Scientific memoirs by medical officers of the Army of India - Part III,
Year: 1887
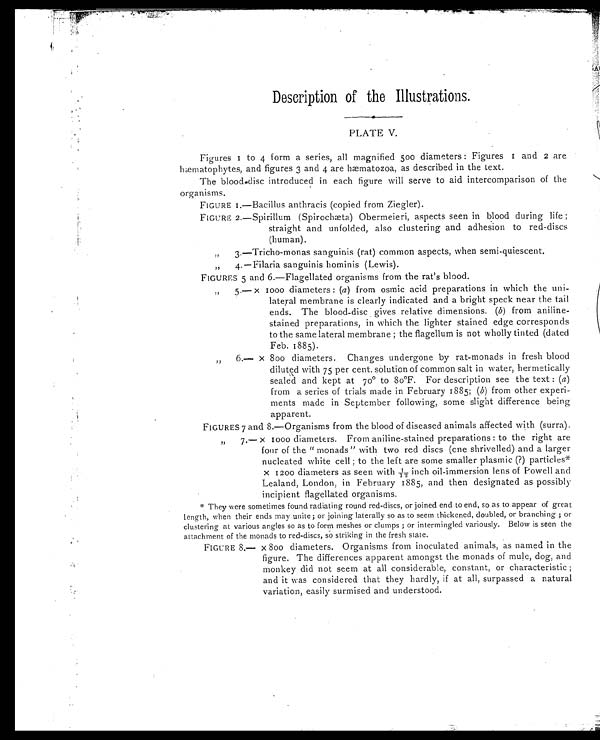
Description of the Illustrations.
PLATE V.
Figures 1 to 4 form a series, all magnified 500 diameters : Figures 1 and 2 are
hæmatophytes, and figures 3 and 4 are hæmatozoa, as described in the text.
The blood-disc introduced in each figure will serve to aid intercomparison of the
organisms.
FIGURE 1.—Bacillus anthracis (copied from Ziegler).
FIGURE 2.—Spirillum (Spirochæta) Obermeieri, aspects seen in blood during life ;
straight and unfolded, also clustering and adhesion to red-discs
(human).
„
3.—Tricho-monas sanguinis (rat) common aspects, when semi-quiescent.
„
4.—Filaria sanguinis hominis (Lewis).
FIGURES 5 and 6.—Flagellated organisms from the rat's blood.
„
5 . — X 1 0 0 0 d i a m e t e r s : ( a ) from osmic acid preparations in which the uni-
lateral membrane is clearly indicated and a bright speck near the tail
ends. The blood-disc gives relative dimensions. ( b ) from aniline-
stained preparations, in which the lighter stained edge corresponds
to the same lateral membrane ; the flagellum is not wholly tinted (dated
Feb. 1885).
„
6 . — X 8 o o d i a m e t e r s . C h a n g e s u n d e r g o n e b y r a t - m o n a d s i n f r e s h b l o o d
diluted with 75 per cent. solution of common salt in water, hermetically
sealed and kept at 70° to 8o°F. For description see the text : ( a )
from a series of trials made in February 1885; ( b ) from other experi-
ments made in September following, some slight difference being
apparent.
F I G U R E S 7 a n d 8 . — O r g a n i s m s f r o m t h e b l o o d o f d i s e a s e d a n i m a l s a f f e c t e d w i t h ( s u r r a ) .
„ 7.— x 1000 diameters. From aniline-stained preparations : to the right are
four of the " monads " with two red discs (one shrivelled) and a larger
nucleated white cell ; to the left are some smaller plasmic (?) particles*
x 1200 diameters as seen with 1/12 inch oil-immersion lens of Powell and
Lealand, London, in February 1885, and then designated as possibly
incipient flagellated organisms.
* They were sometimes found radiating round red-discs, or joined end to end, so as to appear of great
length, when their ends may unite ; or joining laterally so as to seem thickened, doubled, or branching ; or
clustering at various angles so as to form meshes or clumps ; or intermingled variously. Below is seen the
attachment of the monads to red-discs, so striking in the fresh state.
F I G U R E 8 . — x 8 0 0 d i a m e t e r s . O r g a n i s m s f r o m i n o c u l a t e d a n i m a l s , a s n a m e d i n t h e
figure. The differences apparent amongst the monads of mule, dog, and
monkey did not seem at all considerable, constant, or characteristic ;
and it was considered that they hardly, if at all, surpassed a natural
variation, easily surmised and understood.